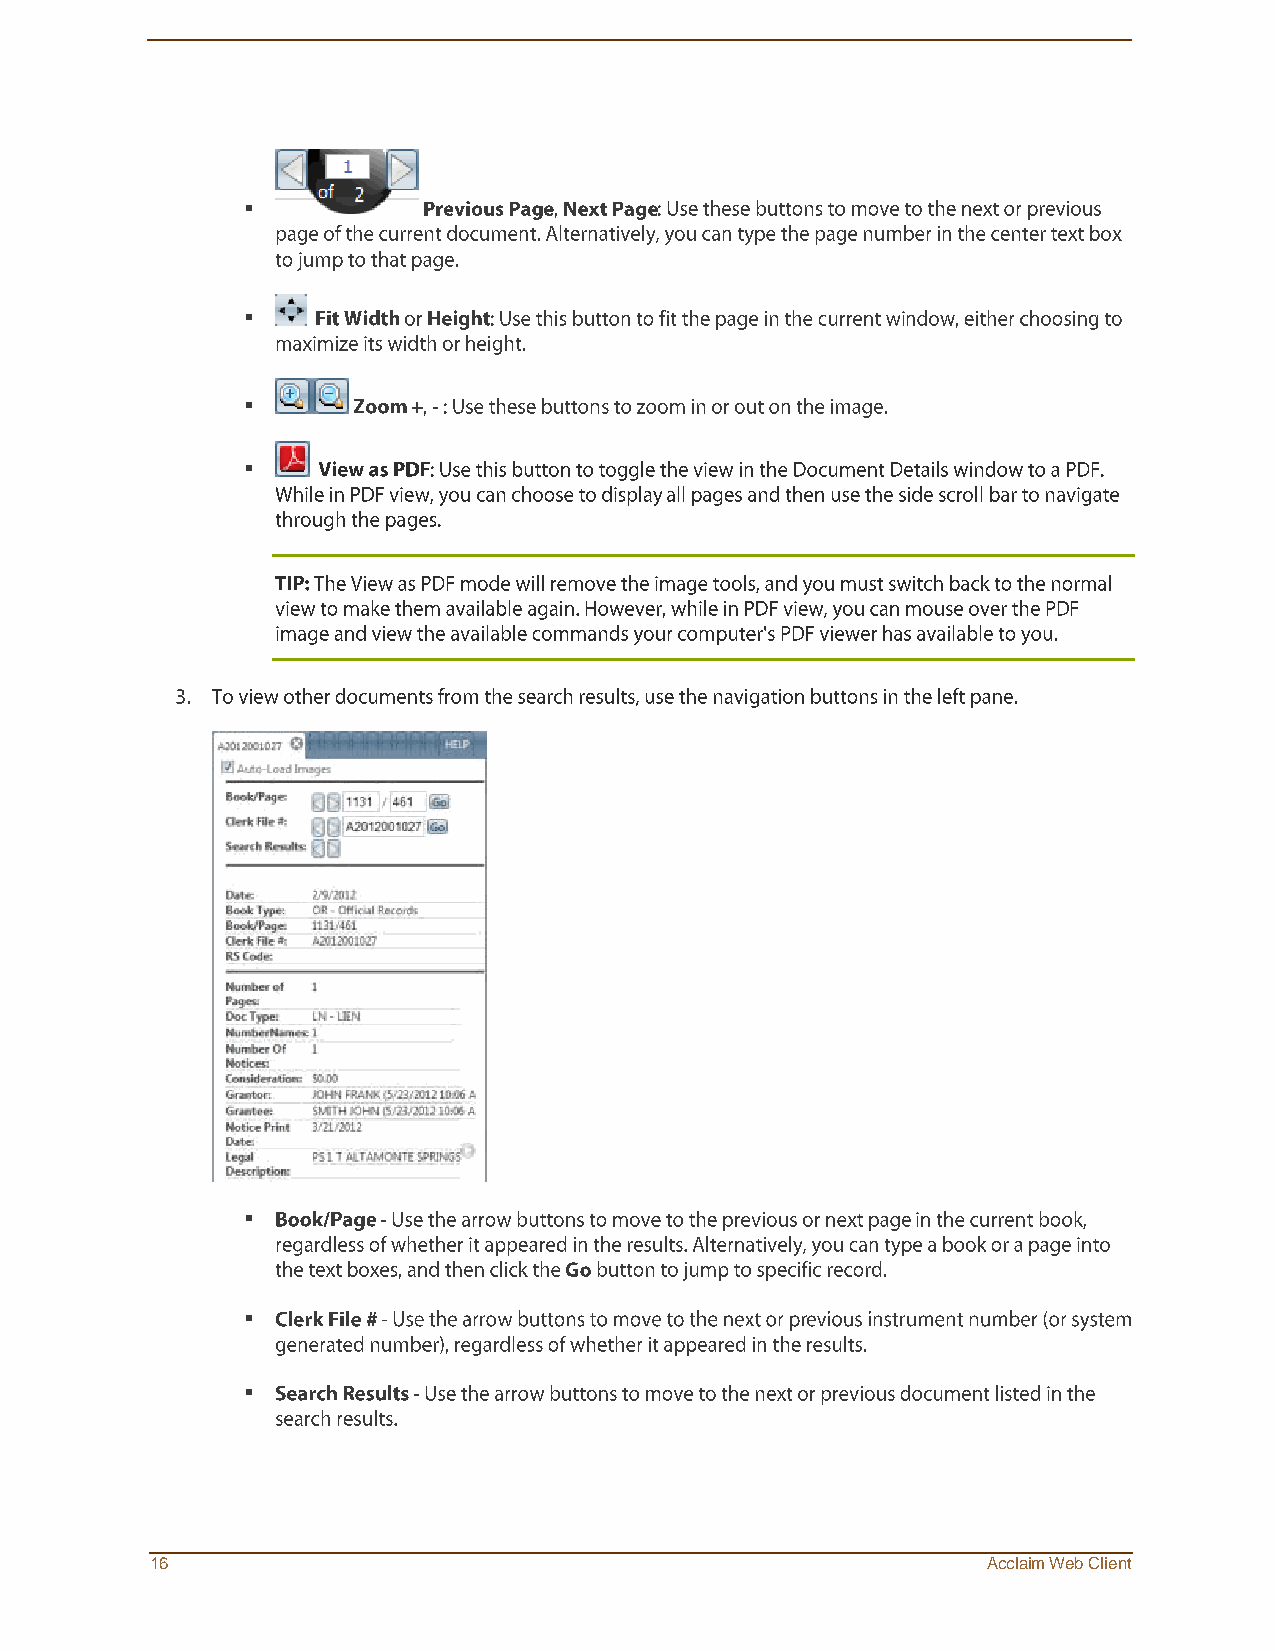

 
 
 
 
 
 
 16                                                     Acclaim Web Client